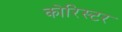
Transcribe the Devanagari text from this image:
कोरिस्टर